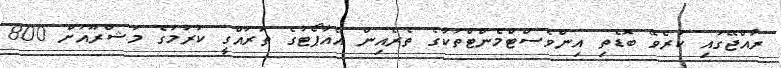
ރާއްޖޭގައި ކުރެވޭ ބޮޑެތި އިންވެސްޓްމެންޓްތަކުގެ ތެރެއިން އެއާޕޯޓުގެ ތަރައްގީ ކުރުމުގެ މަޝްރޫއަށް 800